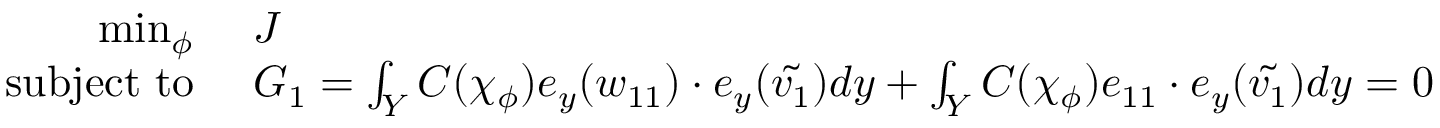
\begin{array} { r l } { \operatorname* { m i n } _ { \phi } ~ } & { { } J } \\ { \mathrm { s u b j e c t ~ t o } ~ } & { { } G _ { 1 } = \int _ { Y } C ( \chi _ { \phi } ) e _ { y } ( { w _ { 1 1 } } ) \cdot e _ { y } ( \tilde { { v _ { 1 } } } ) d { y } + \int _ { Y } C ( \chi _ { \phi } ) e _ { 1 1 } \cdot e _ { y } ( \tilde { { v _ { 1 } } } ) d { y } = 0 } \end{array}